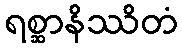
ရစ္ဆာနိဿိတံ